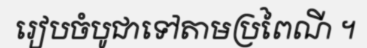
រៀបចំបូជាទៅតាមប្រពៃណី ។